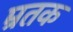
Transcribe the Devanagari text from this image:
म्रतक